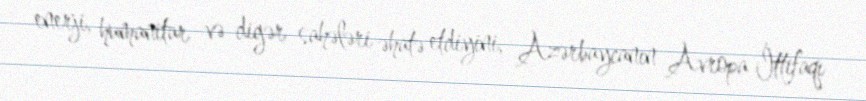
enerji, humanitar və digər sahələri əhatə etdiyini, Azərbaycanın Avropa İttifaqı